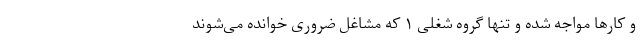
و کارها مواجه شده و تنها گروه شغلی ۱ که مشاغل ضروری خوانده می‌شوند